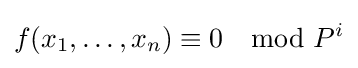
f(x_{1},\ldots ,x_{n})\equiv 0\mod P^{i}